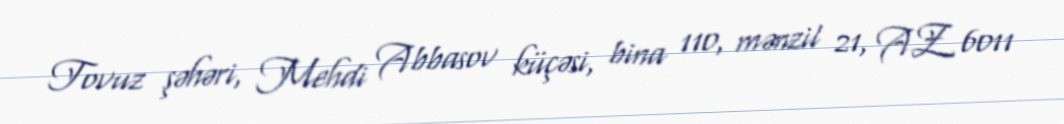
Tovuz şəhəri, Mehdi Abbasov küçəsi, bina 110, mənzil 21, AZ 6011